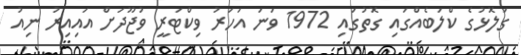
ގަލޮޅުގެ ކްލަބެއްގައި ގޮތުގައި 1972 ވަނަ އަހަރު ވިކްޓަރީ ވުޖޫދަށް އައިއިރު ނިއު